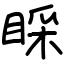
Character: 睬